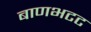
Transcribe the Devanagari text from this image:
बाणभटट